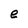
Character: e